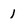
Character: 1